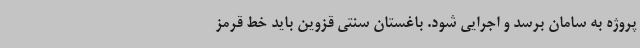
پروژه به سامان برسد و اجرایی شود. باغستان سنتی قزوین باید خط قرمز